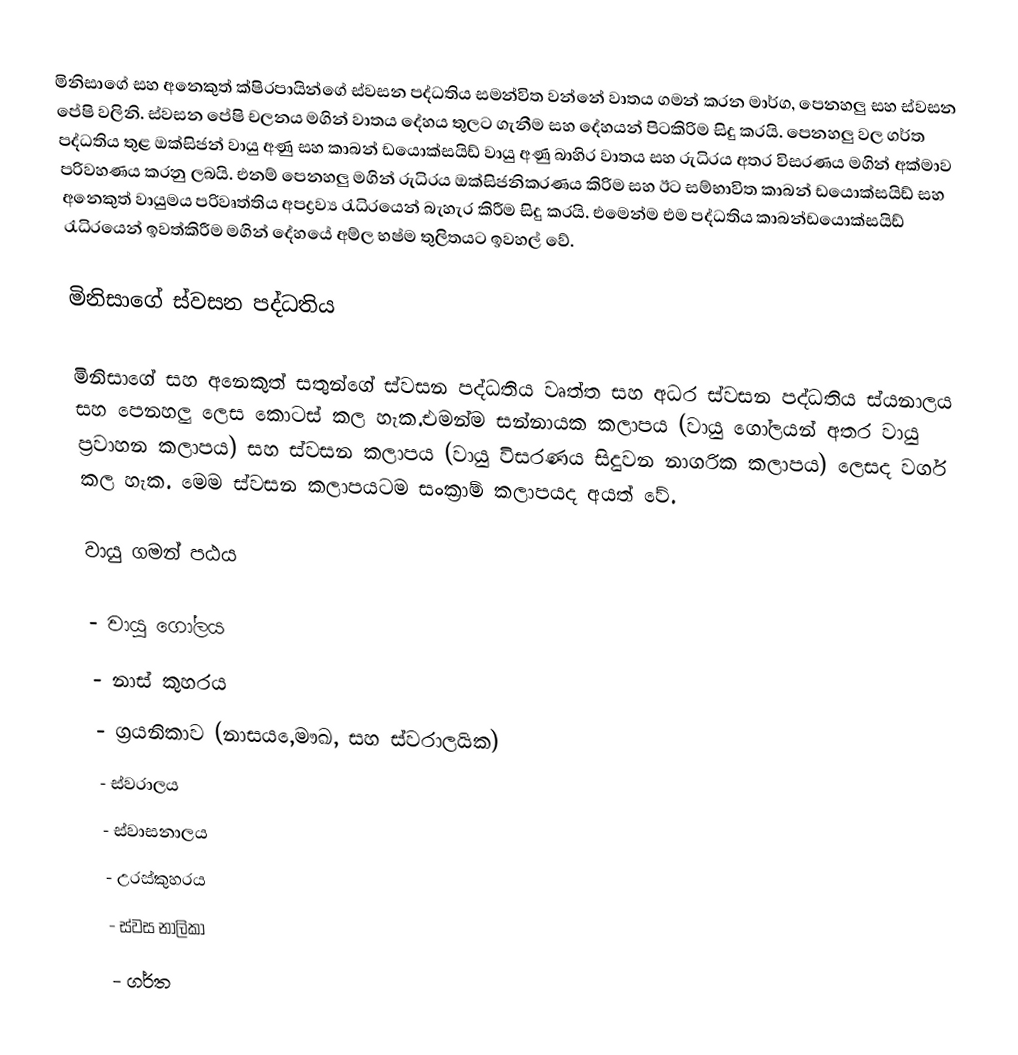
මිනිසාගේ සහ අනෙකුත් ක්ෂිරපායින්ගේ ස්වසන පද්ධතිය සමන්විත වන්නේ වාතය ගමන් කරන මාර්ග, පෙනහලු සහ ස්වසන පේෂි වලිනි. ස්වසන පේෂි චලනය මගින් වාතය දේහය තුල‍ට ගැනීම සහ දේහයන් පිටකිරිම සිදු කරයි. පෙනහලු වල ගර්ත පද්ධතිය තුළ ඔක්සිජන් වායු අණු සහ කාබන් ඩයොක්සයිඩ් වායු අණු බාහිර වාතය සහ රුධිරය අතර විසරණය මගින් අක්මාව පරිවහණය කරනු ලබයි. එනම් පෙනහලු මගින් රුධිරය ඔක්සිජනිකරණය  කිරිම සහ ඊට සම්භාවිත කාබන් ඩයොක්සයිඩ් සහ අනෙකුත් වායුමය පරිවෘත්තිය අපද්‍රව්‍ය රැධිරයෙන් බැහැර කිරීම සිදු කරයි. එමෙන්ම එම පද්ධතිය කාබන්ඩයොක්සයිඩ් රැධිරයෙන් ඉවත්කිරීම මගින් දේහයේ අම්ල භෂ්ම තුලිතයට ඉවහල් වේ.

මිනිසාගේ ස්වසන පද්ධතිය

මිනිසාගේ සහ අනෙකුත් සතුන්ගේ ස්වසන පද්ධතිය වෘත්ත සහ අධර ස්වසන පද්ධතිය ස්යනාලය සහ පෙනහලු ලෙස කොටස් කල හැක.එමන්ම සන්නායක කලාපය (වායු ගෝලයන් අතර වායු ප්‍රවාහන කලාපය) සහ ස්වසන කලාපය (වායු විසරණය සිදුවන නාගරික කලාපය) ලෙසද වර්ග කල හැක. මෙම ස්වසන කලාපයටම සංක්‍රාම් කලාපයද අයත් වේ.

වායු ගමන් පඨය

-	වායු ගෝලය
-	නාස් කුහරය
-	ග්‍රයනිකාව (නාසය,‍ෙමෟඛ, සහ ස්වරාලයික)
-	ස්වරාලය
-	ස්වාසනාලය
-	උරස්කුහරය
-	ස්වස නාලිකා
-	ගර්ත